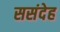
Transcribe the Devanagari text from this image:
ससंदेह